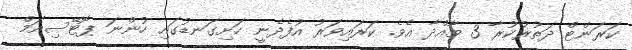
ކަރަންޓް ދަތުރުކުރާ 3 މާއްދާ އެވެ. ކަރައިވަރު އުފެދެނީ ހަށިގަނޑުގައި ހުންނަ ޕޮޓޭސިއަމް